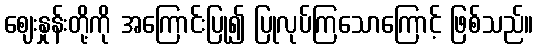
ဈေးနှုန်းတို့ကို အကြောင်းပြု၍ ပြုလုပ်ကြသောကြောင့် ဖြစ်သည်။